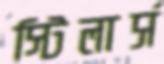
স্টিলার্স